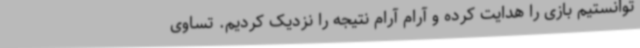
توانستیم بازی را هدایت کرده و آرام آرام نتیجه را نزدیک کردیم. تساوی